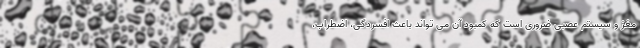
مغز و سیستم عصبی ضروری است که کمبود آن می تواند باعث افسردگی، اضطراب،